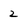
Character: 2